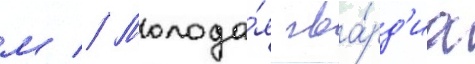
м // Молода́я гва́рд'иа